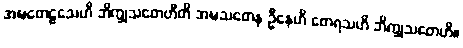
အဍ္ဎတေဠသေဟိ ဘိက္ခုသတေဟီတိ အဍ္ဎသတေန ဦနေဟိ တေရသဟိ ဘိက္ခုသတေဟိ။